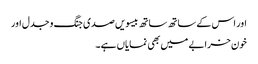
اور اس کے ساتھ ساتھ بیسویں صدی جنگ و جدل اور
خون خرابے میں بھی نمایاں ہے۔